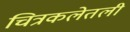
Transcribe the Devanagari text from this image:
चित्रकलेतली